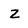
Character: Z